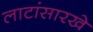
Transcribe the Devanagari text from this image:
लाटांसारखे